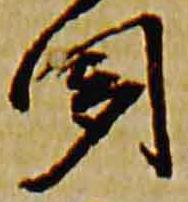
聞